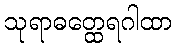
သုရာဓတ္ထေရဂါထာ